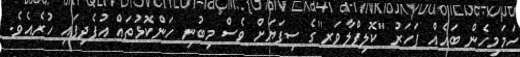
ހަމަމިހެން ބައެއް ފަހަރު ''ކޮލިފްލާވަރ''ގެ ސިފަޔަށް ވެސް މިބުނި ހަންކޮޅުތައް އުފެދިފައި ހުރެއެވެ.